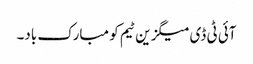
آئی ٹی ڈی میگزین ٹیم کو مبارک باد۔